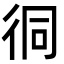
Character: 㣚